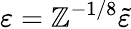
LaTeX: \varepsilon=\mathbb{Z}^{-1/8}\tilde{{\varepsilon}}